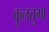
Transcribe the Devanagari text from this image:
कुलतुगा